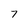
Character: 7